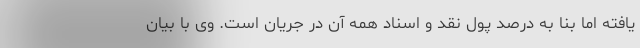
یافته اما بنا به درصد پول نقد و اسناد همه آن در جریان است. وی با بیان